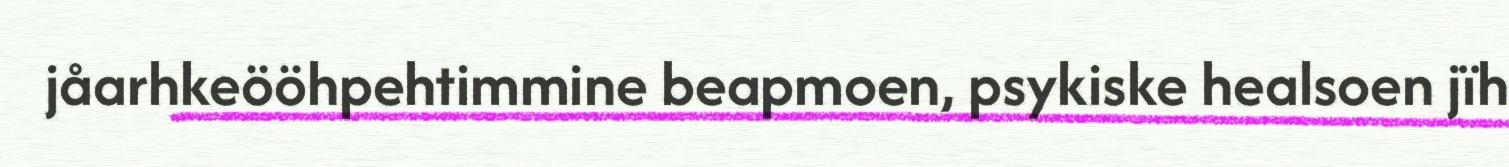
jåarhkeööhpehtimmine beapmoen, psykiske healsoen jïh